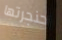
حنجرتها